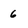
Character: 6